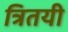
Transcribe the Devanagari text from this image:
त्रितयी